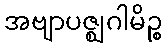
အဗျာပဇ္ဈဂါမိဉ္စ